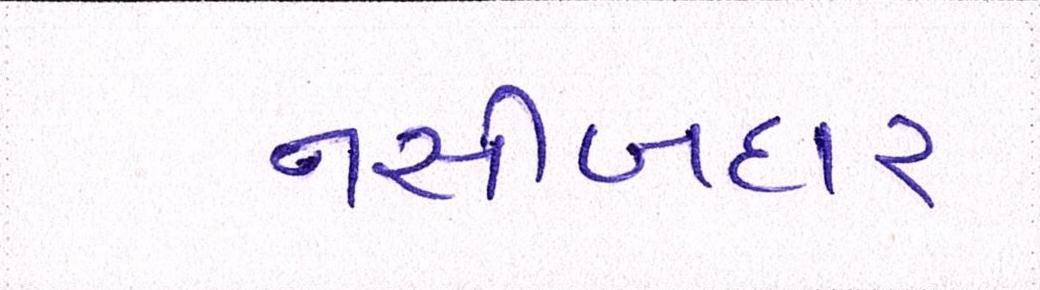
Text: નસીબદાર